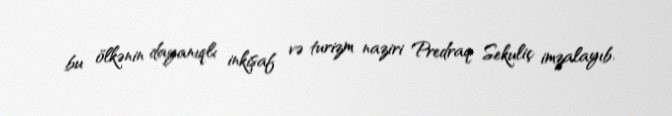
bu ölkənin dayanıqlı inkişaf və turizm naziri Predraq Sekuliç imzalayıb.